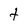
Character: t